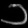
Digit: ၁